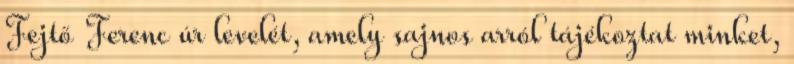
Fejtő Ferenc úr levelét, amely sajnos arról tájékoztat minket,